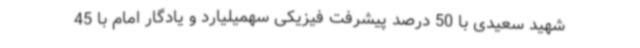
شهید سعیدی با 50 درصد پیشرفت فیزیکی سهمیلیارد و یادگار امام با 45